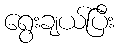
ရွေးချယ်ပြီး